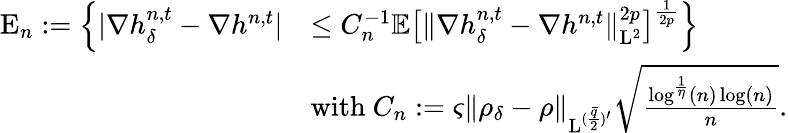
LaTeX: \begin{array}{rl}{\mathrm{E}_{n}:=\Big\{ \vert\nabla h_{\delta}^{n,t}-\nabla h^{n,t}\vert}&{\leq C_{n}^{-1}\mathbb{E}\big[\| \nabla h_{\delta}^{n,t}-\nabla h^{n,t}\| _{\mathrm{L}^{2}}^{2p}\big]^{\frac{1}{2p}}\Big\} }\\ &{\mathrm{with~}C_{n}:=\varsigma\| \rho_{\delta}-\rho\| _{\mathrm{L}^{(\frac{\bar{q}}{2})^{\prime}}}\sqrt{\frac{\log^{\frac{1}{\eta}}(n)\log(n)}{n}}.}\end{array}